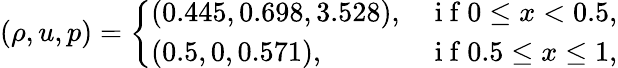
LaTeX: \left(\rho,u,p\right)=\left\{ \begin{array}{ll}{(0.445,0.698,3.528),}&{\mathrm{~i~f~}0\leq x<0.5,}\\ {(0.5,0,0.571),}&{\mathrm{~i~f~}0.5\leq x\leq 1,}\end{array}\right.